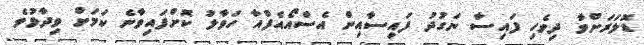
ޑޮލަރަށްވާ ދިވެހި ފައިސާ ނަގުދު ފައިސާއިން އެސްއޯއެފްއާ ހަވާލު ކޮށްފައިވާނެ ކަމަށް ވިދާޅުވެ